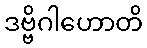
ဒဗ္ဗိဂါဟောတိ